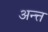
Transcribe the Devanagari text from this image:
अन्त्त